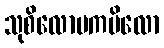
သုစိလောမကပိလော